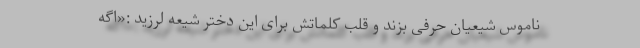
ناموس شیعیان حرفی بزند و قلب کلماتش برای این دختر شیعه لرزید :«اگه